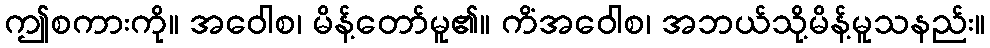
ဤစကားကို။ အဝေါစ၊ မိန့်တော်မူ၏။ ကိံအဝေါစ၊ အဘယ်သို့မိန့်မူသနည်း။